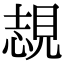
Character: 覟